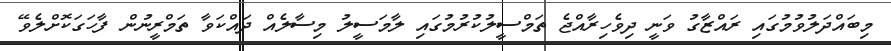
މިބައްދަލުވުމުގައި ރައްޒާގު ވަނީ ދިވެހިރާއްޖެ ތަމްސީލުކުރުމުގައި ލާމަސީލު މިސާލެއް ދައްކަވާ ތަމްރީނުން ފާހަގަކޮށްލެވޭ